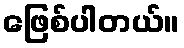
ဖြေစ်ပါတယ်။